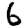
Digit: 6